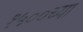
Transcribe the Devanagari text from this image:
१५००च्या